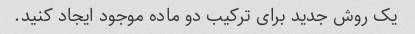
یک روش جدید برای ترکیب دو ماده موجود ایجاد کنید.